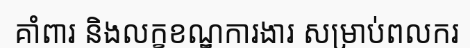
គាំពារ និងលក្ខខណ្ឌការងារ សម្រាប់ពលករ